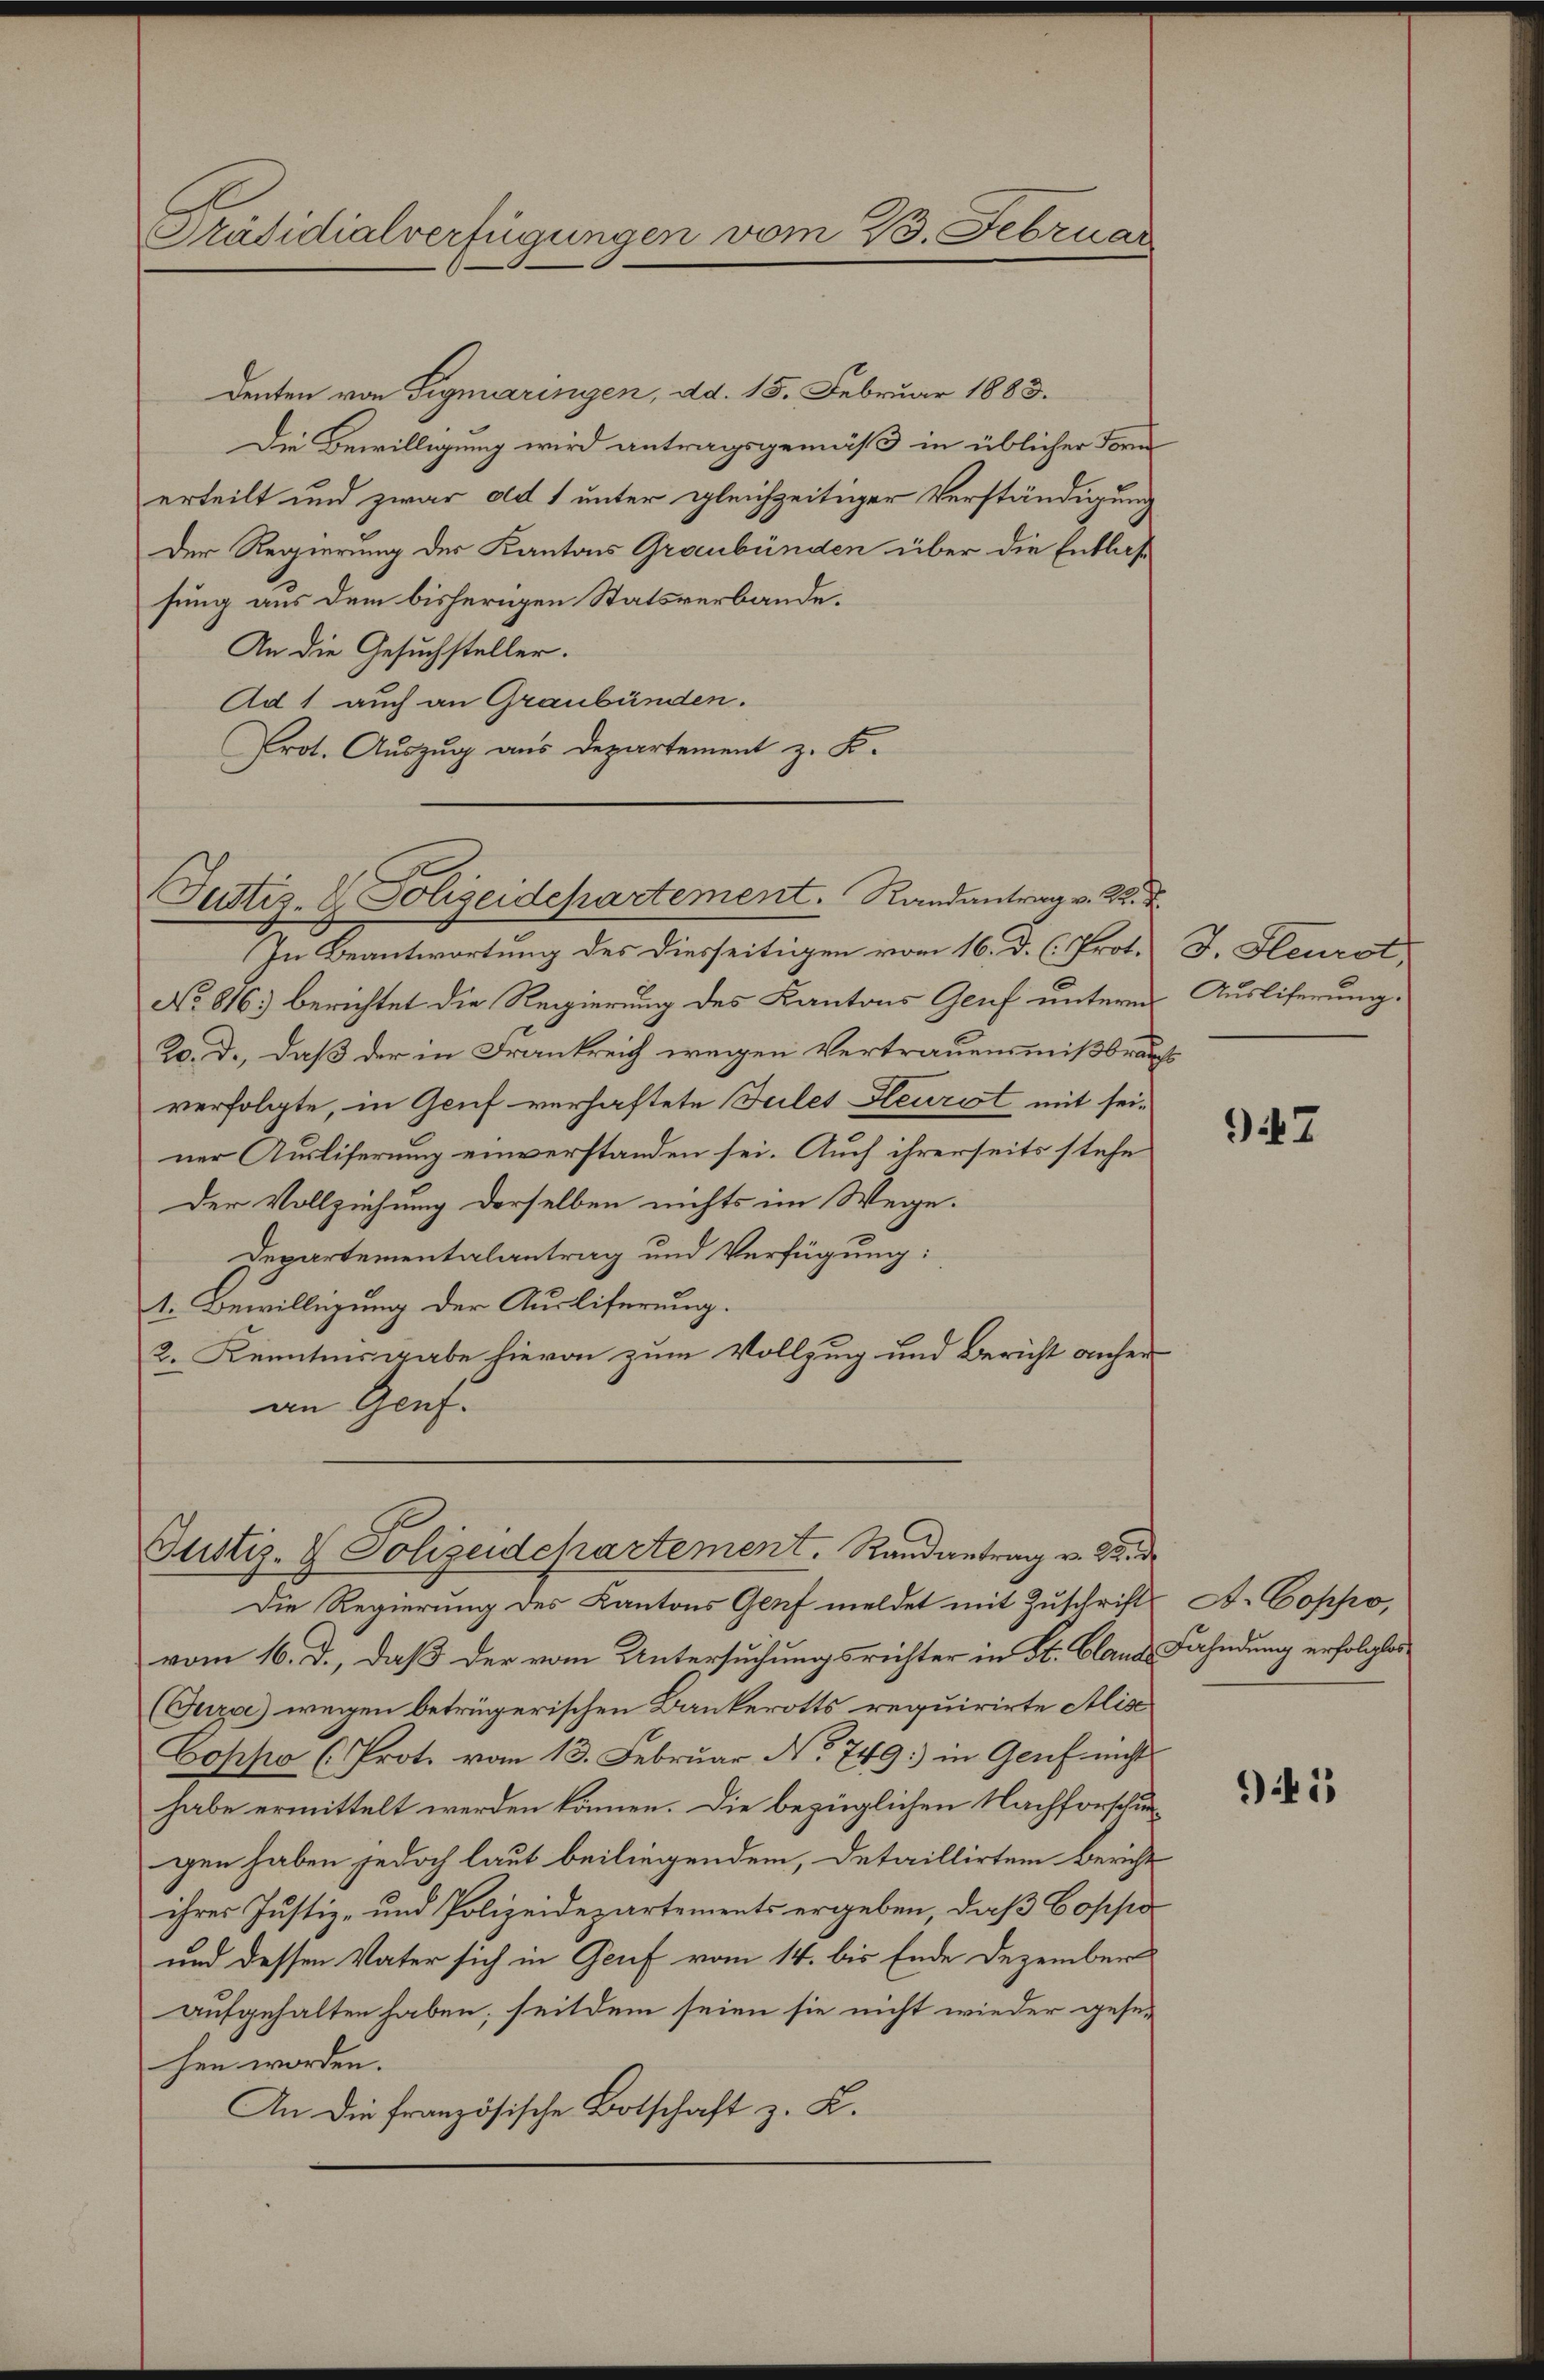
Präsidialverfügungen vom 23. Februar

denten von Sigmaringen, dd. 15. Februar 1883.
Die Bewilligung wird antragsgemäß in üblicher Form
erteilt und zwar ad 1 unter gleichzeitiger Verständigung
Der Regierung des Kantons Graubünden über die Entlasse
sung aus dem bisherigen Statsverbande.
An die Gesuchsteller.
Ad 1 auch an Graubünden.
Prot. Auszug aus Departement z. B.

Justiz- & Polizeidepartement. Randantrag v. M. D.

In Beantwortung des Diesseitigen vom 16. D. C. Prot.
No 816) berichtet die Regierung des Kantons Genf untern
20. d., daß der in Frankreich wegen Vertrauensmißbraverfolgte, in Genf verhaftete Sules Gleurst mit seiner Ausliferung einverstanden sei. Auch ihrerseits stehe
Der Vollziehung derselben nichts im Wege.
Zepartementalantrag und Verfügung:
t. Bewilligung der Ausliferung.
2. Kenntnisgabe hievon zum Vollzug und Bericht anher
an Genf.

Justiz- & Polizeidepartement. Randantrag v. 22 d

Die Regierung des Kantons Genf meldet mit Zuschrift
vom 16. d., daß der vom Untersuchungsrichter in St. Blands
(Jura) wegen betrügerischen Bankerotts requirirte Alisc
Coppo (Prot. vom 13. Februar No 749.) in Genf nicht
habe ermittelt werden können. Die bezüglichen Nachforschungen haben jedoch laut beiliegendem, Detaillirten Bericht
ihres Justiz- und Polizeidepartements ergeben, daß Coppo
und dessen Vater sich in Genf vom 14. bis Ende Dezember
aufgehalten haben; seitdem seien sie nicht wieder gesehen worden.
An die französische Botschaft z. K.

J. Fleurst,
Ausliferung.
6

947

A. Coppo,
Fahndung erfolglos

945